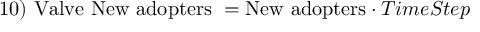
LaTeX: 1 0 ) \ { \mathrm { V a l v e ~ N e w ~ a d o p t e r s } } \ = { \mathrm { N e w ~ a d o p t e r s } } \cdot T i m e S t e p